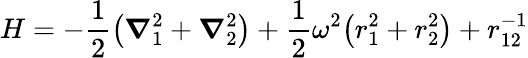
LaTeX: H=-\frac{1}{2}\bigl(\boldsymbol{\nabla}_{1}^{2}+\boldsymbol{\nabla}_{2}^{2}\bigr)+\frac{1}{2}\omega^{2}\bigl(r_{1}^{2}+r_{2}^{2}\bigr)+r_{12}^{-1}